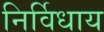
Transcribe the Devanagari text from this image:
निर्विधाय